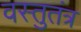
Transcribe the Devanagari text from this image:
वस्तुतंत्र